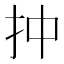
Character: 𢪠